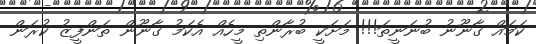
ކަމައް ގާނޫނު ބުނަނީތަ!!! މަށަކީ ބުރާންތި މީހެއް އެކަމު ގާނޫން ތަންފީޒު ކުރަން